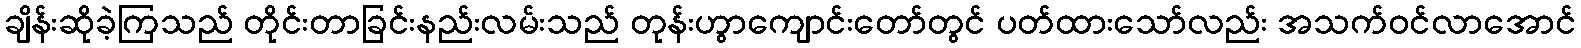
ချိန်းဆိုခဲ့ကြသည် တိုင်းတာခြင်းနည်းလမ်းသည် တုန်းဟွာကျောင်းတော်တွင် ပတ်ထားသော်လည်း အသက်ဝင်လာအောင်